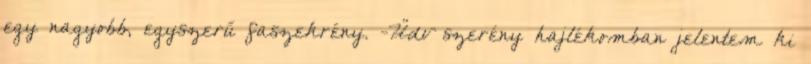
egy nagyobb, egyszerű faszekrény. -Üdv szerény hajlékomban jelentem ki